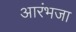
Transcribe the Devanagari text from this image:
आरंभजा